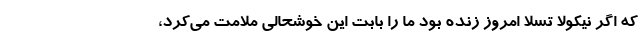
که اگر نیکولا تسلا امروز زنده بود ما را بابت این خوشحالی ملامت می‌کرد،